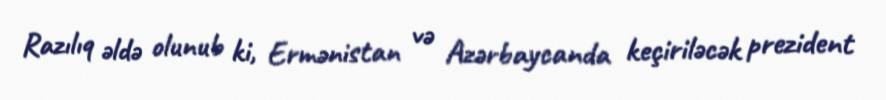
Razılıq əldə olunub ki, Ermənistan və Azərbaycanda keçiriləcək prezident